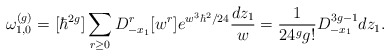
\begin{align*}\omega^{(g)}_{1,0}=[\hbar^{2g}]\sum_{r\ge0}D_{-x_1}^r[w^r]e^{w^3\hbar^2/24}\frac{dz_1}{w}=\frac{1}{24^g g!}D_{-x_1}^{3g-1}dz_1.\end{align*}